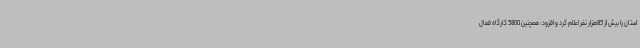
استان را بیش از 85هزار نفر اعلام کرد و افزود: همچنین 5800 کارگاه فعال